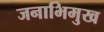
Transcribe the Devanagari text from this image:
जनाभिमुख